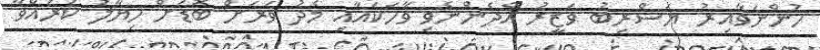
ހުންނަވާއިރު ޔަސްރިބު ވަޒީރު އެދެންނެވި ވާހަކައާއި މެދު ވަރަށް ބޮޑަށް ހިޔާލު ކުރައްވާ